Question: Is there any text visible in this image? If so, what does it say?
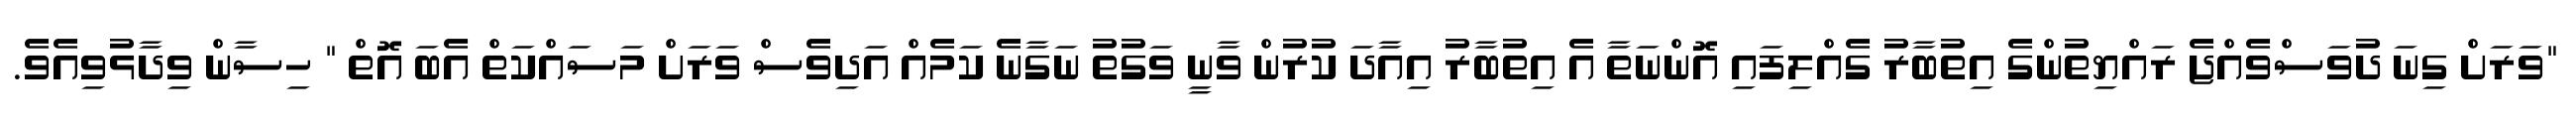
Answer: "ވަރަށް ގިނަ ދުވަސްވެއްޖެ ރައްޔިތުންގެ އިތުބާރު ގެއްލިފައި އޮންނަތާ އެ އިތުބާރު އިއާދަ ކުރުން ވާނީ ވަގުތު ނަގާނެ ކަމެއް އަދިވެސް ވަރަށް މަސައްކަތް އެބަ އޮތް " ހިސާން ވިދާޅުވިއެވެ.